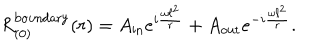
R _ { ( 0 ) } ^ { \mathrm { b o u n d a r y } } ( r ) = A _ { \mathrm { i n } } e ^ { i \frac { \omega \ell ^ { 2 } } { r } } + A _ { \mathrm { o u t } } e ^ { - i \frac { \omega \ell ^ { 2 } } { r } } .